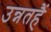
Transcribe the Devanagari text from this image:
उन्नतहैं